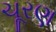
ચૂરણ